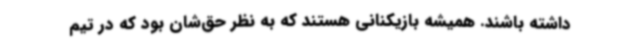
داشته باشند. همیشه بازیکنانی هستند که به نظر حق‌شان بود که در تیم‌